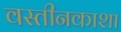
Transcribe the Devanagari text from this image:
वस्तीनकाशा